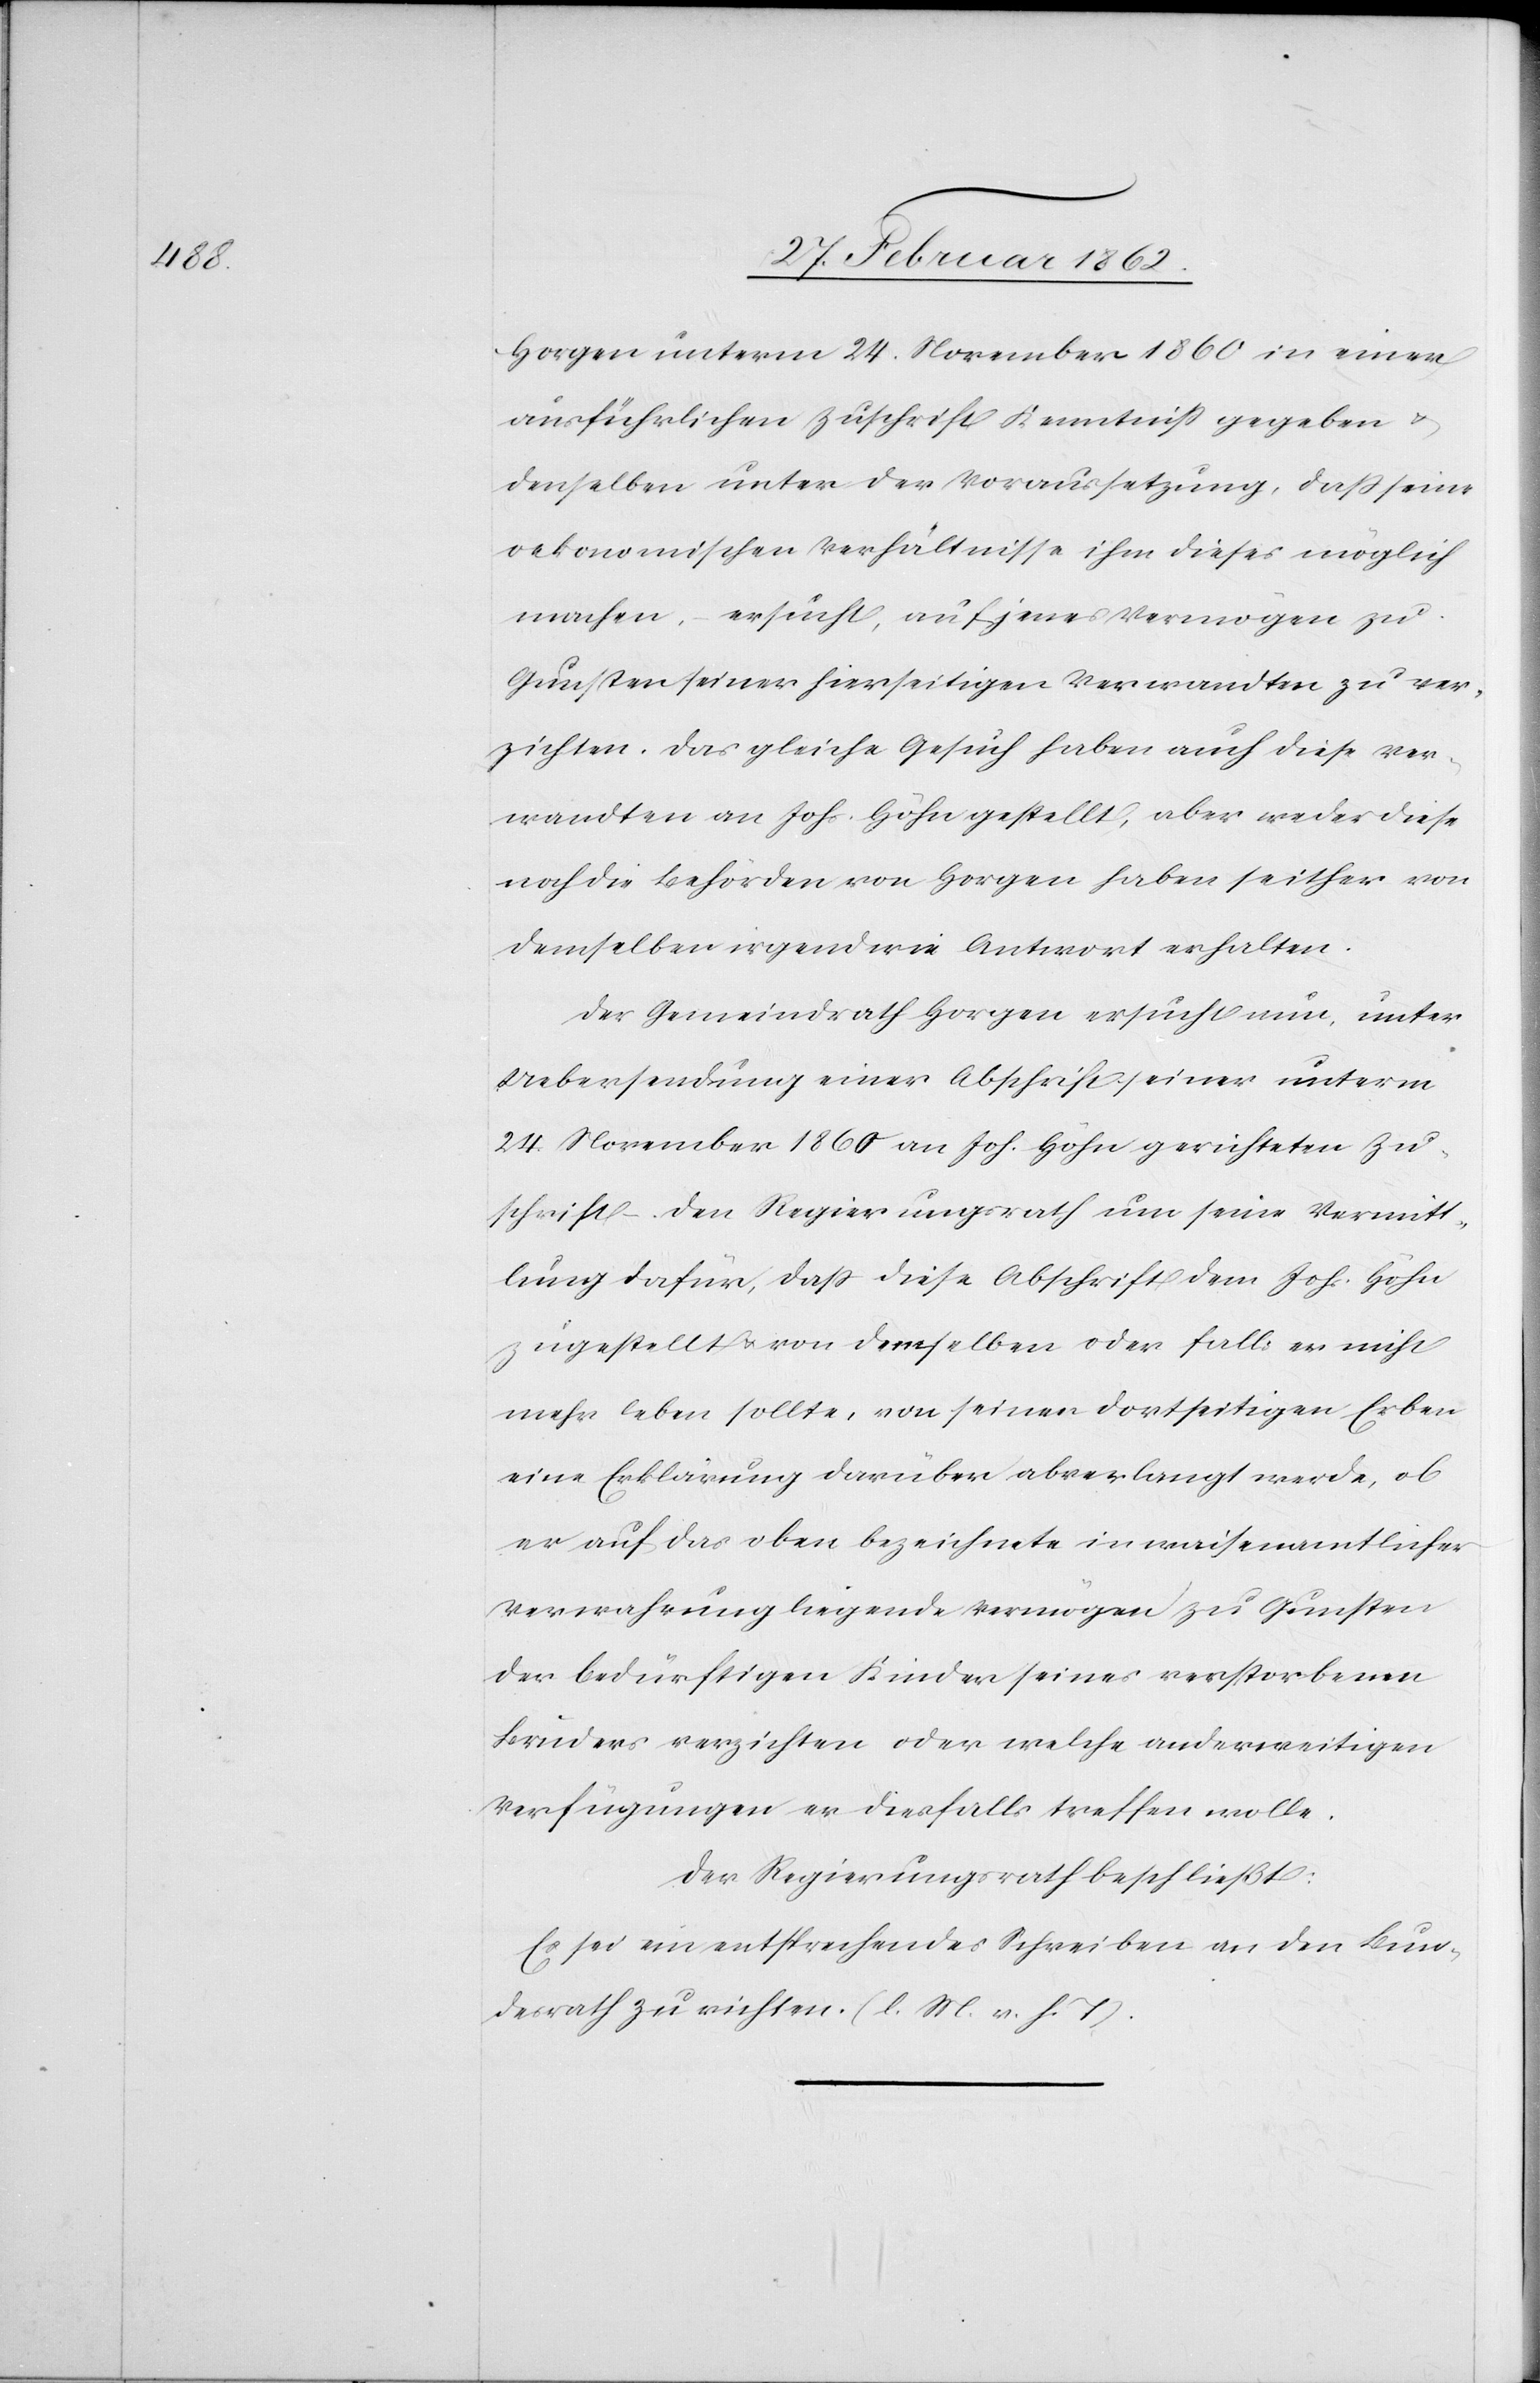
Horgen unterm 24. November 1860 in einer
ausführlichen Zuschrift Kenntniß gegeben u.
denselben unter der Voraussetzung, daß seine
oekonomischen Verhältnisse ihm dieses möglich
machen, ersucht, auf jenes Vermögen zu
Gunsten seiner hierseitigen Verwandten zu ver¬
zichten. Das gleiche Gesuch haben auch diese Ver¬
wandten an Johs. Höhn gestellt, aber weder diese
noch die Behörden von Horgen haben seither von
demselben irgendwie Anwort erhalten.
Der Gemeindrath Horgen ersucht nun, unter
Uebersendung einer Abschrift seiner unterm
24. November 1860 an Joh. Höhn gerichteten Zu¬
schrift den Regierungsrath um seine Vermitt¬
lung dafür, daß diese Abschriften dem Johs. Höhn
zugestellt u. von demselben oder falls er nicht
mehr leben sollte, von seinen dortseitigen Erben
eine Erklärung darüber abverlangt werde, ob
er auf das oben bezeichnete in waisenamtlicher
Verwahrung liegende Vermögen zu Gunsten
der bedürftigen Kinder seines verstorbenen
Bruders verzichten oder welche anderweitigen
Verfügungen er diesfalls treffen wolle.
Der Regierungsrath beschließt:
Es sei ein entsprechendes Schreiben an den Bun¬
desrath zu richten. (l. M. v. h. T).